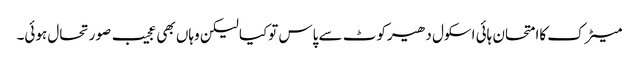
میٹرک کاامتحان ہائی اسکول دھیرکوٹ سے پاس توکیا لیکن وہاں بھی عجیب صورتحال ہوئی۔